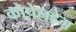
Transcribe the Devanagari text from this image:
कोपेनहेग